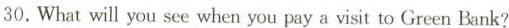
30.What will you see when you pay a visit to Green Bank?